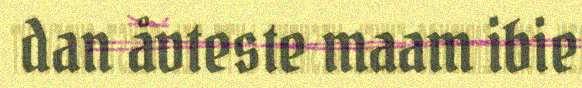
dan åvteste maam ibie